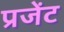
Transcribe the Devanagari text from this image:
प्रजेंट